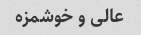
عالی و خوشمزه